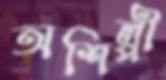
অশিল্পী